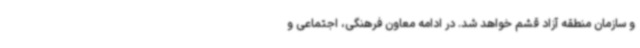
و سازمان منطقه آزاد قشم خواهد شد. در ادامه معاون فرهنگی، اجتماعی و